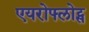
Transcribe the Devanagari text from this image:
एयरोफ्लोट्स